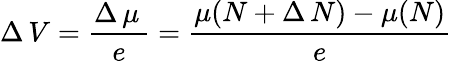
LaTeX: \Delta\, V={\frac{\Delta\, \mu\, }{e}}={\frac{\mu(N+\Delta\, N)-\mu(N)}{e}}